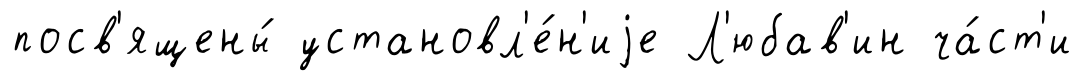
посв'ящены́ установл'е́н'иjе Л'юбав'ин ча́ст'и